Report on vaccination in the Province of Bengal - 1869-1873
Year: 1869
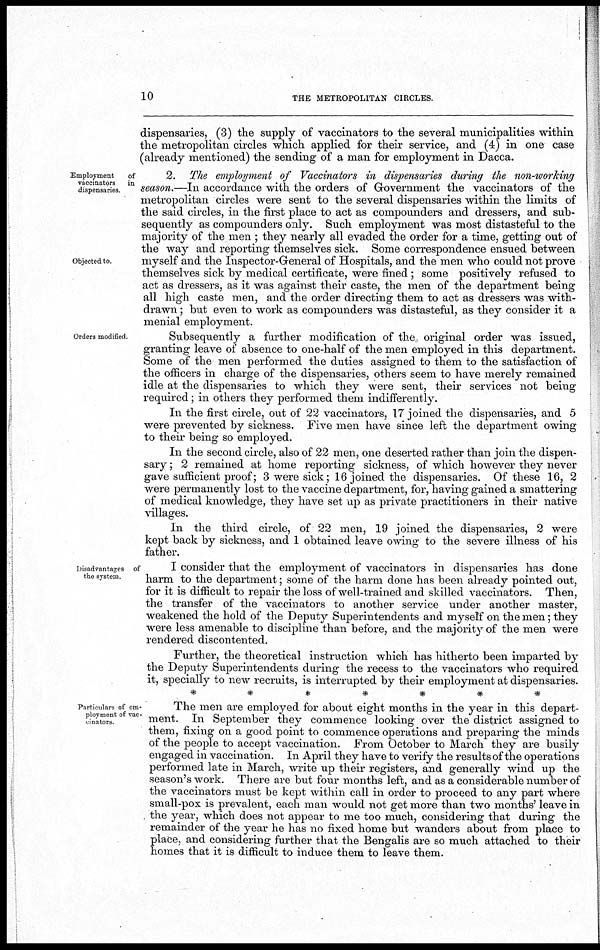
10
THE METROPOLITAN CIRCLES.
dispensaries, (3) the supply of vaccinators to the several municipalities within
the metropolitan circles which applied for their service, and (4) in one case
(already mentioned) the sending of a man for employment in Dacca.
Employment
of
vaccinators in
dispensaries.
Objected to.
2. The employment of Vaccinators in dispensaries during the non-working
season.—In accordance with the orders of Government the vaccinators of the
metropolitan circles were sent to the several dispensaries within the limits of
the said circles, in the first place to act as compounders and dressers, and sub-
sequently as compounders only. Such employment was most distasteful to the
majority of the men ; they nearly all evaded the order for a time, getting out of
the way and reporting themselves sick. Some correspondence ensued between
myself and the Inspector-General of Hospitals, and the men who could not prove
themselves sick by medical certificate, were fined ; some positively refused to
act as dressers, as it was against their caste, the men of the department being
all high caste men, and the order directing them to act as dressers was with-
drawn ; but even to work as compounders was distasteful, as they consider it a
menial employment.
Orders modified.
Subsequently a further modification of the original order was issued,
granting leave of absence to one-half of the men employed in this department.
Some of the men performed the duties assigned to them to the satisfaction of
the officers in charge of the dispensaries, others seem to have merely remained
idle at the dispensaries to which they were sent, their services not being
required; in others they performed them indifferently.
In the first circle, out of 22 vaccinators, 17 joined the dispensaries, and 5
were prevented by sickness. Five men have since left the department owing
to their being so employed.
In the second circle, also of 22 men, one deserted rather than join the dispen-
sary ; 2 remained at home reporting sickness, of which however they never
gave sufficient proof; 3 were sick; 16 joined the dispensaries. Of these 16, 2
were permanently lost to the vaccine department, for, having gained a smattering
of medical knowledge, they have set up as private practitioners in their native
villages.
In the third circle, of 22 men, 19 joined the dispensaries, 2 were
kept back by sickness, and 1 obtained leave owing to the severe illness of his
father.
Disadvantages of
the system.
I consider that the employment of vaccinators in dispensaries has done
harm to the department; some of the harm done has been already pointed out,
for it is difficult to repair the loss of well-trained and skilled vaccinators. Then,
the transfer of the vaccinators to another service under another master,
weakened the hold of the Deputy Superintendents and myself on the men; they
were less amenable to discipline than before, and the majority of the men were
rendered discontented.
Further, the theoretical instruction which has hitherto been imparted by
the Deputy Superintendents during the recess to the vaccinators who required
it, specially to new recruits, is interrupted by their employment at dispensaries.
*******
Particulars of em-
ployment of vac-
cinators
The men are employed for about eight months in the year in this depart-
ment. In September they commence looking over the district assigned to
them, fixing on a good point to commence operations and preparing the minds
of the people to accept vaccination. From October to March they are busily
engaged in vaccination. In April they have to verify the results of the operations
performed late in March, write up their registers, and generally wind up the
season's work. There are but four months left, and as a considerable number of
the vaccinators must be kept within call in order to proceed to any part where
small-pox is prevalent, each man would not get more than two months' leave in
the year, which does not appear to me too much, considering that during the
remainder of the year he has no fixed home but wanders about from place to
place, and considering further that the Bengalis are so much attached to their
homes that it is difficult to induce them to leave them.